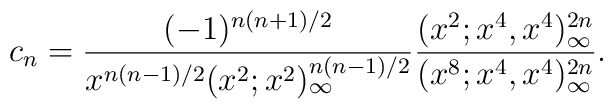
c_n =\frac{(-1)^{n(n+1)/2}}{x^{n(n-1)/2}(x^2 ; x^2 )_\infty^{n(n-1)/2}}\frac{(x^2 ; x^4 , x^4 )_\infty^{2n}}{(x^8 ; x^4 , x^4 )_\infty^{2n}}.